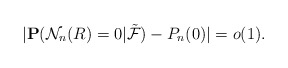
\begin{align*}|\mathbf P({\mathcal N}_n(R)=0|\tilde{\mathcal F})- P_n(0)|=o(1).\end{align*}